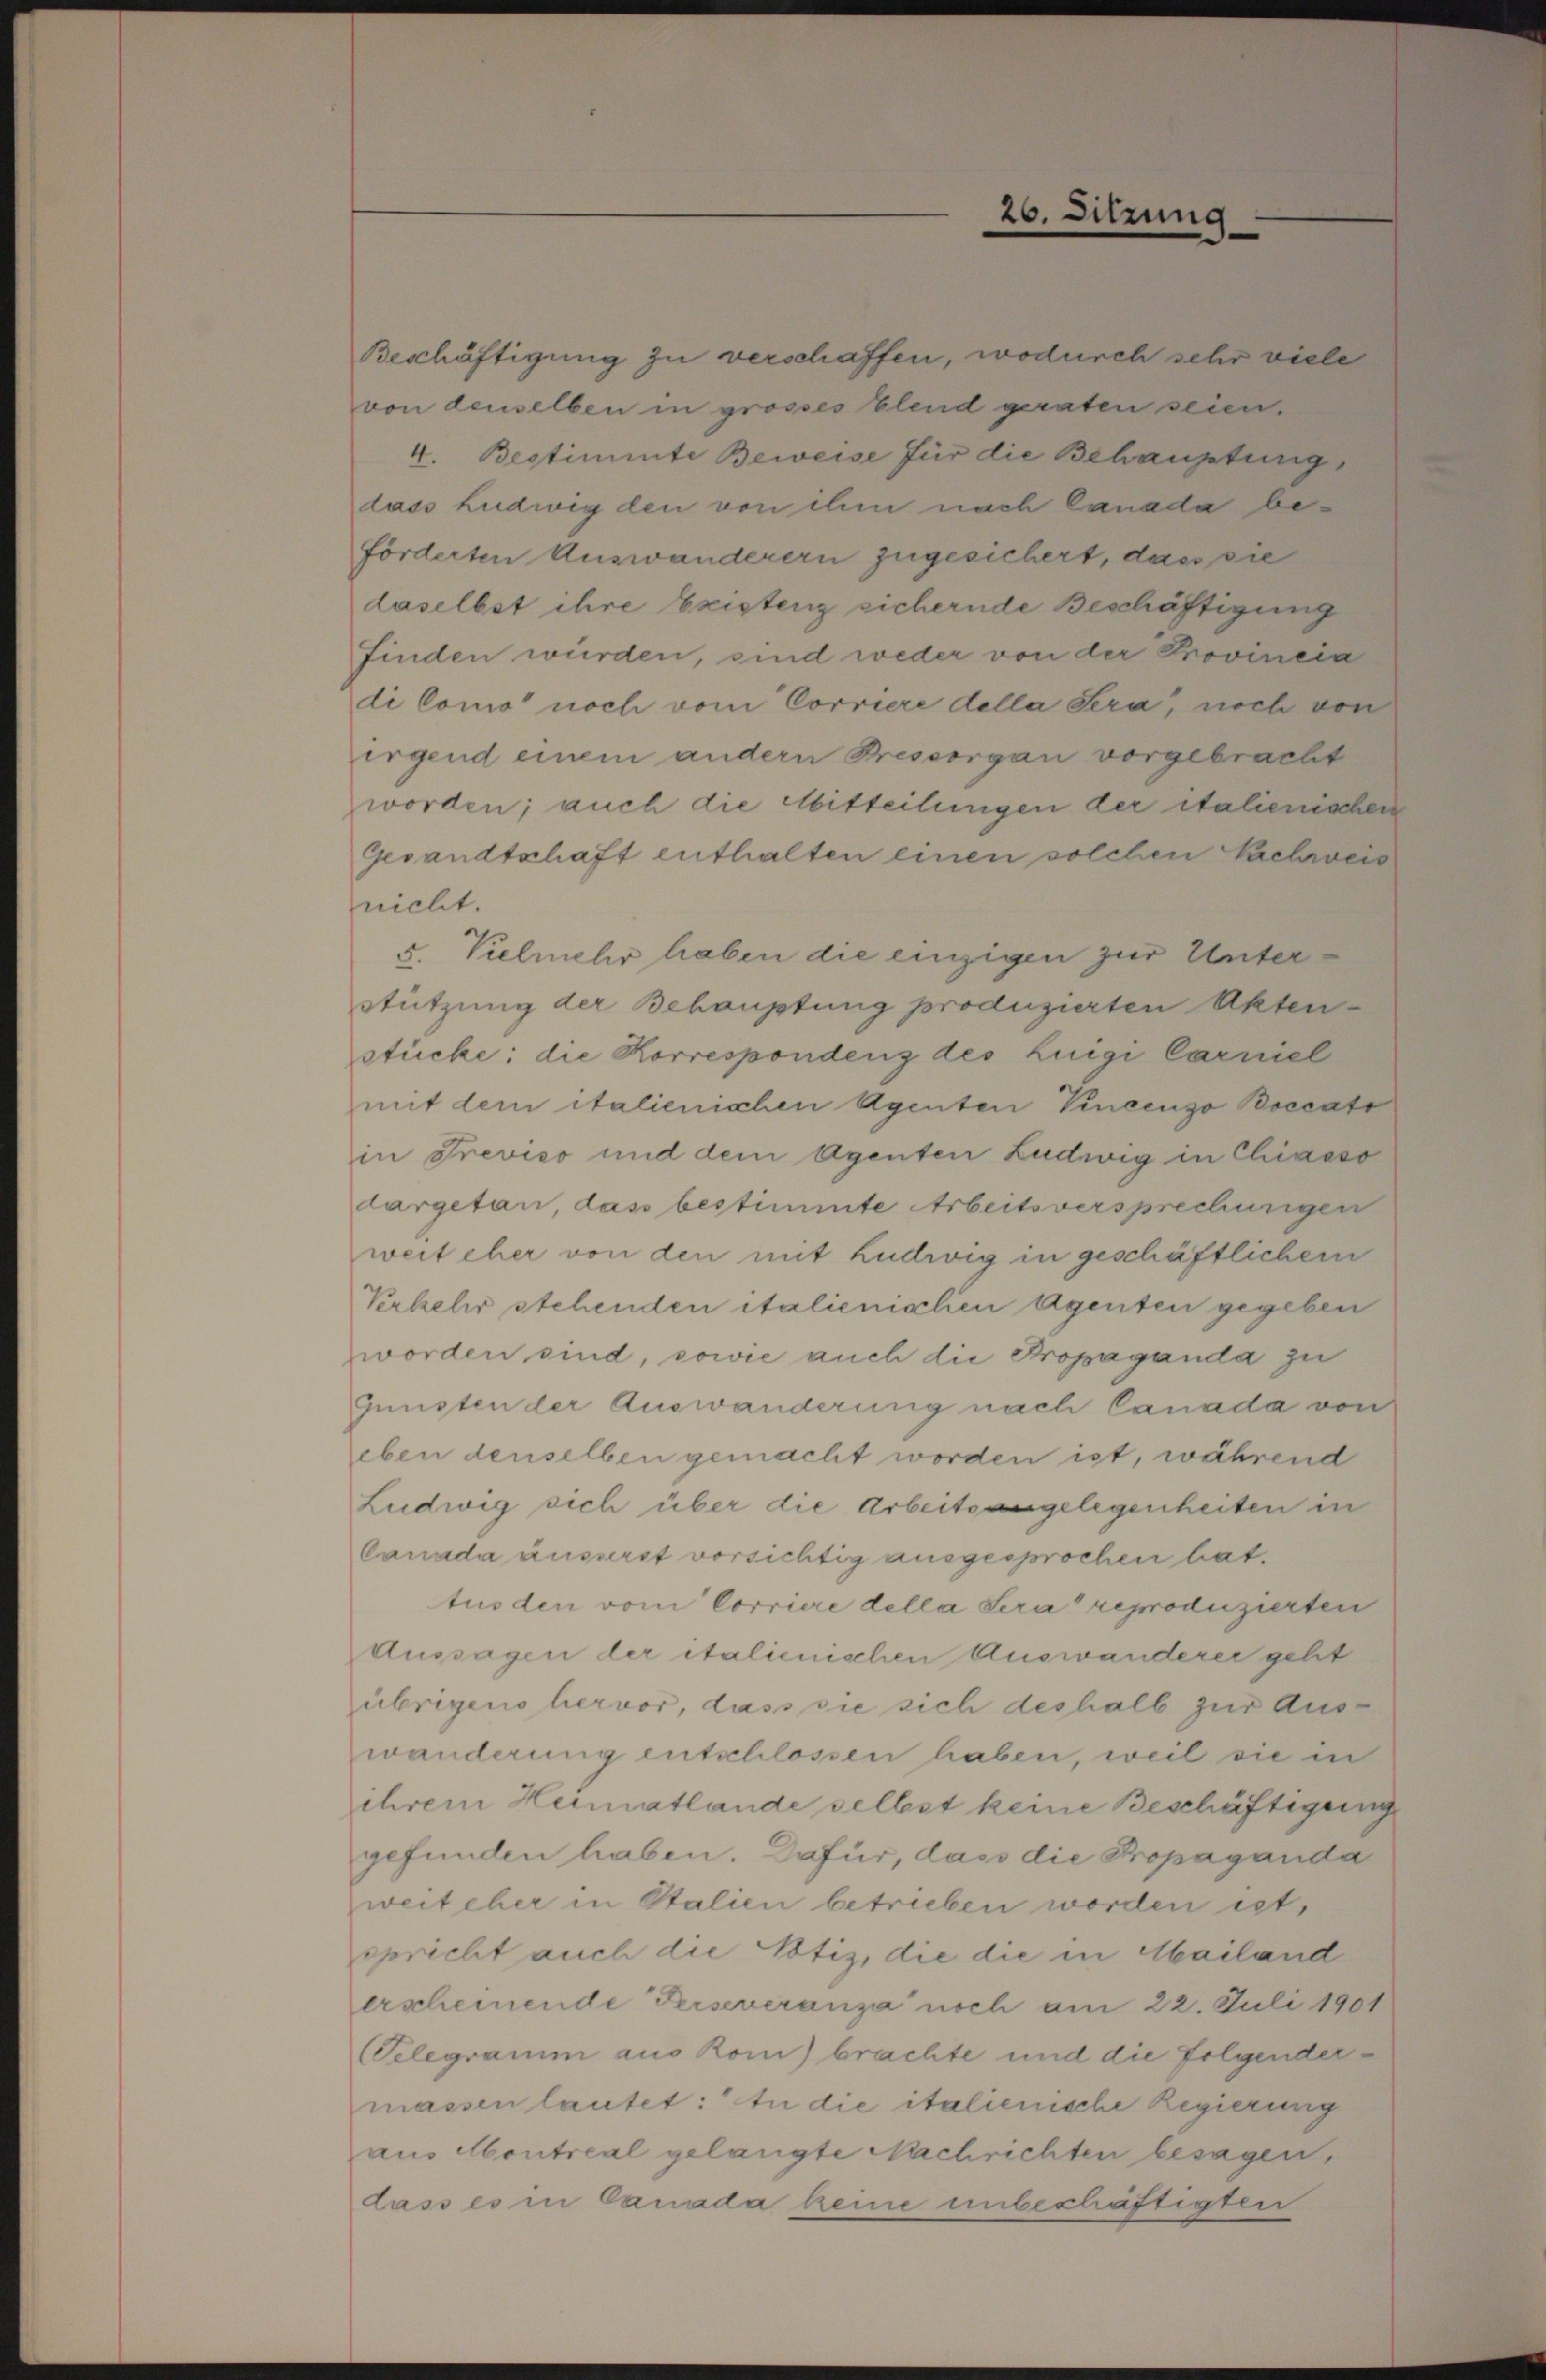
Beschäftigung zu verschaffen, wodurch sehr viele
von denselben in grosses Elend geraten seien.
4. Bestimmte Beweise für die Behauptung,
dass Ludwig den von ihm nach Canada beförderten Auswanderern zugesichert, dass sie
daselbst ihre Existenz sichernde Beschäftigung
finden würden, sind weder von der Provincia
di Como noch vom Corriere della Sera, noch von
irgend einem andern Bessergan vorgebracht
worden; auch die Mitteilungen der italienischen
Gesandtschaft enthalten einen solchen Nachrvers
nicht.
5. Vielmehr haben die einzigen zur Unter¬
Stützung der Behauptung produzierten Akten-
stücke: die Korrespondenz des Luigi Carniel
mit dem italienischen Agenten Vincenzo Boccato
in Previso und dem Agenten Ludwig in Chiasso
dargetan, dass bestimmte Arbeitsversprechungen
weit eher von den mit Ludwig in geschäftlichem
Verkehr stehenden italienischen Agenten gegeben
worden sind, sowie auch die Propaganda zu
Gunsten der Auswanderung nach Canada von
eben denselben gemacht worden ist, während
Ludwig sich über die Arbeitsangelegenheiten in
Canada äusserst vorsichtig ausgesprochen bat.
tus den vom Corriere della Sera reproduzierten
Aussagen der italienischen Auswanderer geht
übrigens hervor, dass sie sich deshalb zur Auswanderung entschlossen haben, weil sie in
ihrem Heimatlande selbst keine Beschäftigung
gefunden haben. Dafür, dass die Propaganda
weit eher in Stalien betrieben worden ist,
spricht auch die Notiz, die die in Mailand
erscheinende Perseveranza noch am 22. Juli 1901
(Telegramm aus Rom) brachte und die folgendermassen lautet: In die italienische Regierung
aus Montreal gelangte Nachrichten besagen,
dass es in Canada keine unbeschäftigten

20. Sitzung